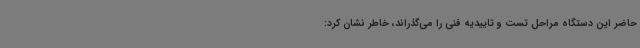
حاضر این دستگاه مراحل تست و تاییدیه فنی را می‌گذراند، خاطر نشان کرد: